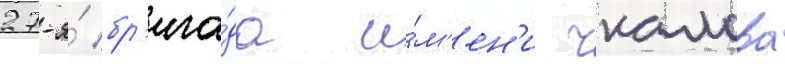
27-я́ бр'ига́да и́м'ен'и чкалова